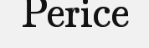
Perice